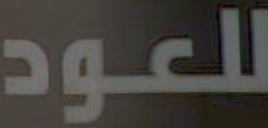
للعود